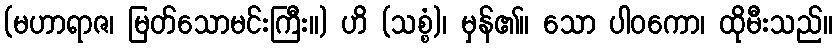
(မဟာရာဇ၊ မြတ်သောမင်းကြီး။) ဟိ (သစ္စံ)၊ မှန်၏။ သော ပါဝကော၊ ထိုမီးသည်။